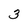
Character: 3